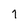
Character: 7